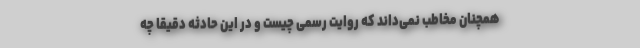
همچنان مخاطب نمی‌داند که روایت رسمی چیست و در این حادثه دقیقا چه